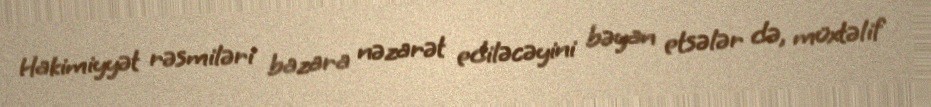
Hakimiyyət rəsmiləri bazara nəzarət ediləcəyini bəyan etsələr də, müxtəlif